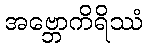
အဗ္ဘောကိရိဿံ